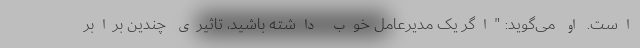
است. او می‌گوید:‌ "اگر یک مدیرعامل خوب داشته باشید، تاثیری چندین برابر